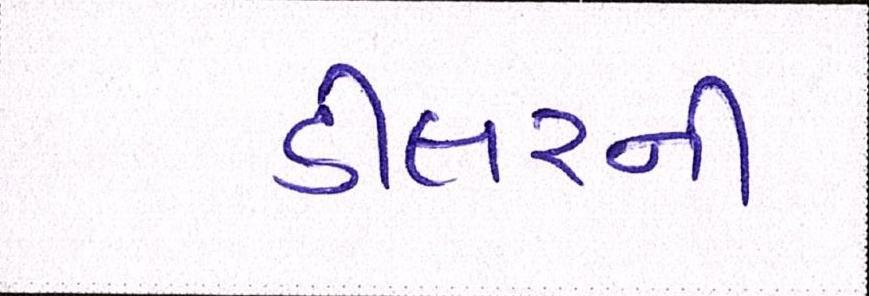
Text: ડીલરની